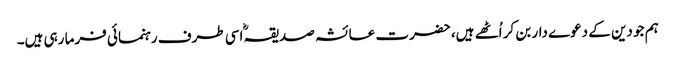
ہم جو دین کے دعوے دار بن کر اُٹھے ہیں، حضرت عائشہ صدیقہؓ اسی طرف رہنمائی فرما رہی ہیں۔